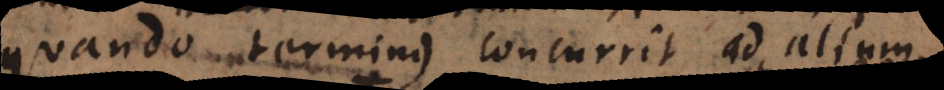
quando terminus concurrit ad alium